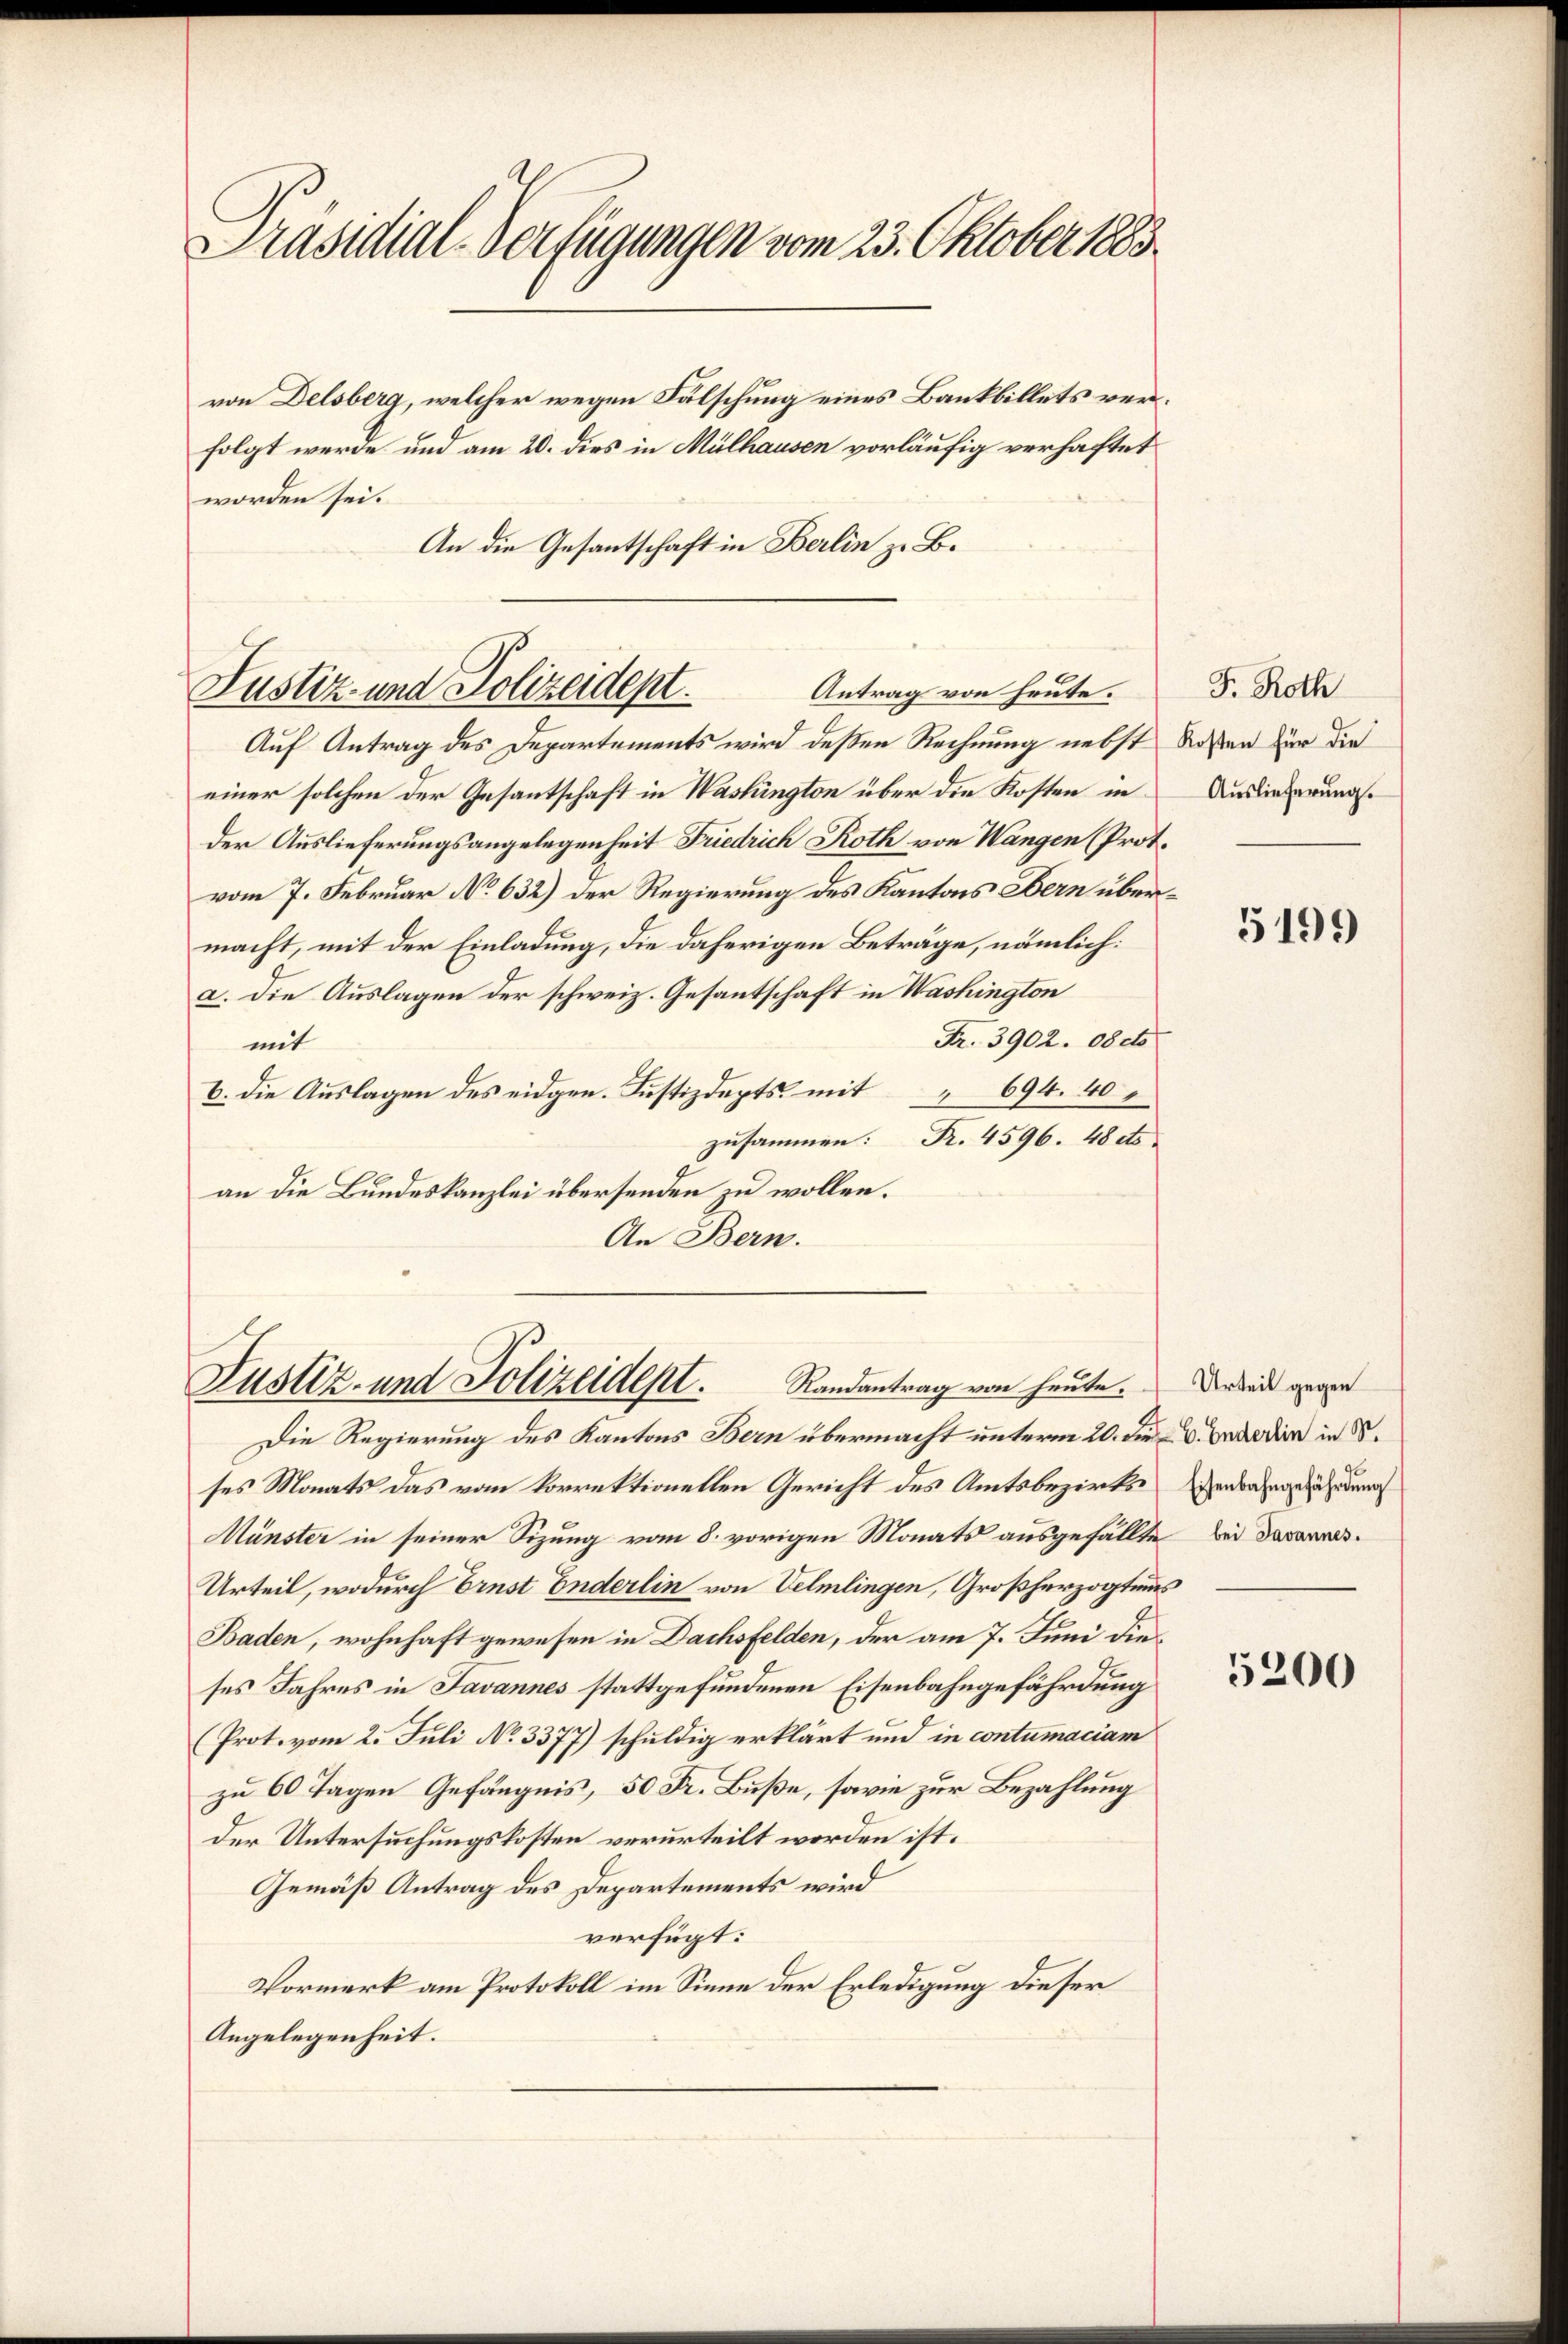
Präsidial-Verfügungen vom 23. Oktober 1883

von Delsberg, welcher wegen Fälschung eines Bankbillets verfolgt werde und am 20. dies in Mülhausen vorläufig verhaftet
worden sei.
An die Gesantschaft in Berlin zu B.

Justiz- und Polizeidept.
Antrag von heute.

Auf Antrag des Departements wird deßen Rechnung nebst Roßen für die
einer solchen der Gesantschaft in Washington über die Kosten in
der Auslieferungsangelegenheit Friedrich Roth von Wangen (Prot.
vom 7. Februar No 632) der Regierung des Kantons Bern übermacht, mit der Einladung, die daherigen Beträge, nämlich:
a. die Auslagen der schweiz. Gesantschaft in Washington
Fr. 3902. 08cto
mit
b. die Auslagen des eidgen. Justizdepts mit 694. 40
zusammen: R. 4596. 48 cts.
an die Bundeskanzlei übersenden zu wollen.
An Bern.

Justiz- und Polizeidept.
Randantrag von heute.

Die Regierung des Kantons Bern übermacht unterm 20. die der in S.
ses Monats das vom korrektionellen Gericht des Amtsbezirks erbahngefährdung
Münster in seiner Sizung vom 8. vorigen Monats ausgefällte bei darannes.
Urteil, wodurch Ernst Enderlin von Velmlingen, Großherzogtums
Baden, wohnhaft gewesen in Dachsfelden, der am 7. Juni die
ses Jahres in Javannes stattgefundenen Eisenbahngefährdung
(Prot. vom 2. Juli No 3377) schuldig erklärt und in contumaciam
zu 60 Tagen Gefängnis, 50 Fr. Buße, sowie zur Bezahlung
der Untersuchungskosten verurteilt worden ist.
Gemäß Antrag des Departements wird
verfügt:
Vormerk am Protokoll im Sinne der Erledigung dieser
Angelegenheit.

F. Roth
Auslieferung.

5199)

Urteil gegen

5200